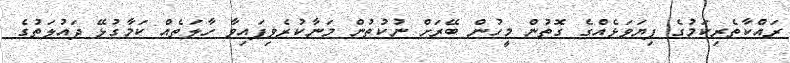
ރައްކާތެރިކަމުގެ ފިޔަވަޅެއްގެ ގޮތުން މީހުން ބޭރަށް ނުކުތުން މަނާކުރެވިފައިވާ ހާލަތެއް ކަމާގުޅޭ ދައުލަތުގެ